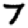
Digit: 7